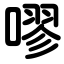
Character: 嘐